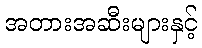
အတားအဆီးများနှင့်